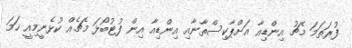
ފުރަތަމަ މެޗު އިންޑިއާ އަށްޕާކިސްތާނާއި އިންޑިއާ އިން ފުޓުބޯޅަ މެޗެއް ކުޅެނީމިއީ ހަމަ